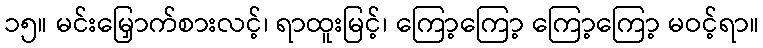
၁၅။ မင်းမြှောက်စားလင့်၊ ရာထူးမြင့်၊ ကြော့ကြော့ ကြော့ကြော့ မဝင့်ရာ။